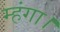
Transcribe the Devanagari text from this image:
म्हंगा।